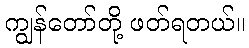
ကျွန်တော်တို့ ဖတ်ရတယ်။